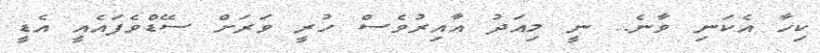
ކިހާ އެކަނި ވާނެ.. ނީ މިއަދު އާއިރުވެސް ހުރީ ވަރަށް ސޭޑްވެފައެއީ އެޑީ